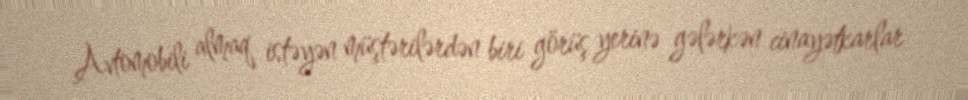
Avtomobili almaq istəyən müştərilərdən biri görüş yerinə gələrkən cinayətkarlar